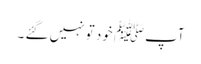
آپﷺ خود تو نہیں گئے ۔